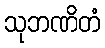
သုဘဏိတံ